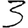
Digit: 3